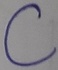
Text: C